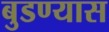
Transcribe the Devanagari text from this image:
बुडण्यास